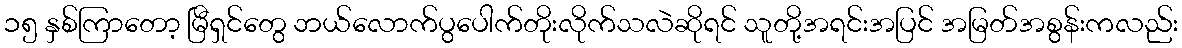
၁၅ နှစ်ကြာတော့ မြီရှင်တွေ ဘယ်လောက်ပွပေါက်တိုးလိုက်သလဲဆိုရင် သူတို့အရင်းအပြင် အမြတ်အစွန်းကလည်း